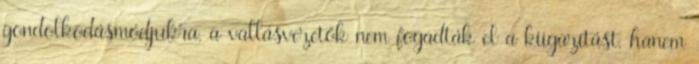
gondolkodásmódjukra, a vallásvezetők nem fogadták el a kiigazítást, hanem